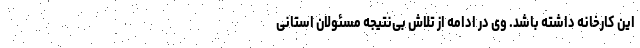
این کارخانه داشته باشد. وی در ادامه از تلاش بی‌نتیجه مسئولان استانی